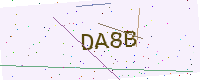
Text: DA8B